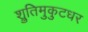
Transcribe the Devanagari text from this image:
श्रुतिमुकुटधर